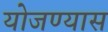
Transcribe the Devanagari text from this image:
योजण्यास